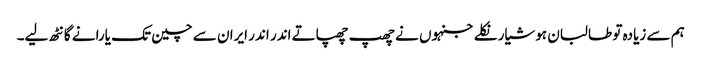
ہم سے زیادہ تو طالبان ہوشیار نکلے جنہوں نے چھپ چھپاتے اندر اندر ایران سے چین تک یارانے گانٹھ لیے۔